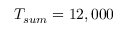
T _ { s u m } = 1 2 , 0 0 0